Insane asylums Bombay 1873-77 - 1873-1877
Year: 1873
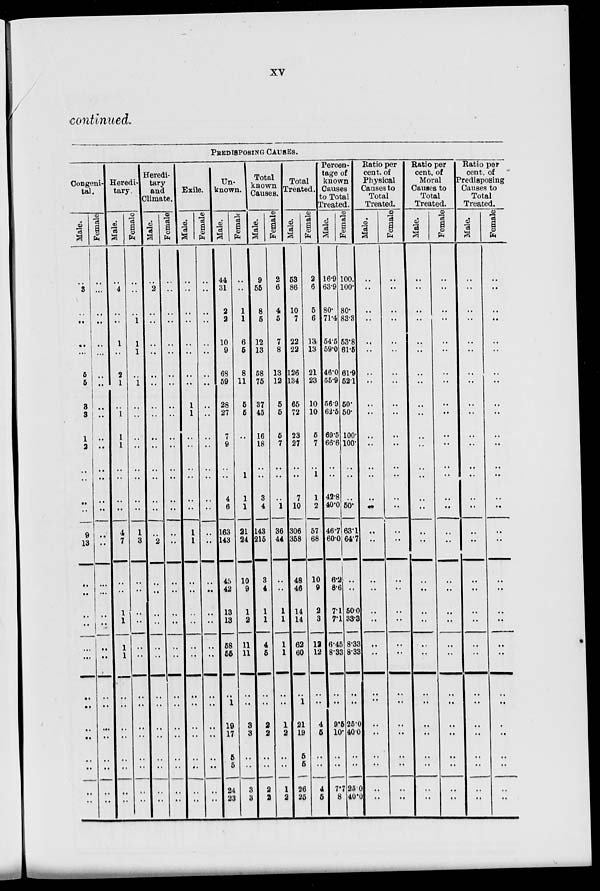
xv
continued.
PREDISPOSING CAUSES.
Congeni-
tal.
Male.
..
3
..
..
..
...
5
5
3
3
1
2
..
..
..
..
9
13
..
..
..
..
..
...
..
..
..
..
..
..
..
..
Female.
..
...
..
..
..
...
..
..
..
..
..
..
..
..
..
..
..
..
..
..
..
..
..
..
..
..
..
..
..
..
..
..
Heredi-
tary.
Male.
..
4
..
..
1
..
2
1
..
1
1
1
..
..
..
..
4
7
..
..
1
1
1
1
..
..
..
..
..
..
..
..
Female.
..
..
..
1
1
1
..
1
..
..
..
..
..
..
..
..
1
3
..
..
..
..
..
..
..
..
..
..
..
..
..
..
Heredi-
tary
and
Climate.
Male.
..
2
..
..
..
..
..
..
..
..
..
..
..
..
..
..
..
2
..
..
..
..
..
..
..
..
..
..
..
..
..
..
Female.
..
..
..
..
..
..
..
..
..
..
..
..
..
..
..
..
..
..
..
..
..
..
..
..
..
..
..
..
..
..
..
..
Exile.
Male.
..
..
..
..
..
..
..
..
1
1
..
..
..
..
..
..
1
1
..
..
..
..
..
..
..
..
..
..
..
..
..
..
Female.
..
..
..
..
..
..
..
..
..
..
..
..
..
..
..
..
..
..
..
..
..
..
..
..
..
..
..
..
..
..
..
..
Un-
known.
Male.
44
31
2
2
10
9
68
59
28
27
7
9
..
..
4
6
163
143
45
42
13
13
58
55
..
1
19
17
5
5
24
23
Female
..
..
1
1
6
5
8
11
5
5
..
..
..
1
1
1
21
24
10
9
1
2
11
11
..
..
3
3
..
..
3
3
Total
known
Causes.
Male.
9
55
8
5
12
13
58
75
37
45
16
18
..
..
3
4
143
215
3
4
1
1
4
5
..
..
2
2
..
..
2
2
Female.
2
6
4
5
7
8
13
12
5
5
5
7
..
..
..
1
36
44
..
..
1
1
1
1
..
..
1
2
..
..
1
2
Total
Treated.
Male.
53
86
10
7
22
22
126
134
65
72
23
27
..
..
7
10
306
358
48
46
14
14
62
60
..
1
21
19
5
5
26
25
Female.
2
6
5
6
13
13
21
23
10
10
5
7
..
1
1
2
57
68
10
9
2
3
12
12
..
..
4
5
..
..
4
5
Percen-
tage of
known
Causes
to Total
treated.
Male.
16.9
63.9
80'
71.4
54.5
59.0
46.0
55.9
56.9
62.5
69.5
66.6
..
..
42.8
40.0
46.7
60.0
6.2
8.6
7.1
7.1
6.45
8.33
..
..
9.5
10.
..
..
7.7
8
Female.
100.
100.
80.
83.3
53.8
61.5
61.9
52.1
50.
50.
100.
100.
..
..
..
50.
63.1
64.7
..
..
50.0
33.3
8.33
8.38
..
..
25.0
40.0
..
..
25.0
40.0
Ratio per
cent. of
Physical
Causes to
Total
Treated.
Male.
..
..
..
..
..
..
..
..
..
..
..
..
..
..
..
..
..
..
..
..
..
..
..
..
..
..
..
..
..
..
..
..
Female
..
..
..
..
..
..
..
..
..
..
..
..
..
..
..
..
..
..
..
..
..
..
..
..
..
..
..
..
..
..
..
..
Ratio per
cent. of
Moral
Causes to
Total
Treated.
Male.
..
..
..
..
..
..
..
..
..
..
..
..
..
..
..
..
..
..
..
..
..
..
..
..
..
..
..
..
..
..
..
..
Female
..
..
..
..
..
..
..
..
..
..
..
..
..
..
..
..
..
..
..
..
..
..
..
..
..
..
..
..
..
..
..
..
Ratio per
cent. of
Predisposing
Causes to
Total
Treated.
Male.
..
..
..
..
..
..
..
..
..
..
..
..
..
..
..
..
..
..
..
..
..
..
..
..
..
..
..
..
..
..
..
..
Female.
..
..
..
..
..
..
..
..
..
..
..
..
..
..
..
..
..
..
..
..
..
..
..
..
..
..
..
..
..
..
..
..